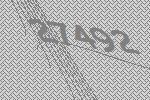
27492